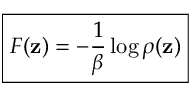
\boxed { F ( \mathbf { z } ) = - \frac { 1 } { \beta } \log \rho ( \mathbf { z } ) }